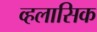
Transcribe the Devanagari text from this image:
व्हलासिक